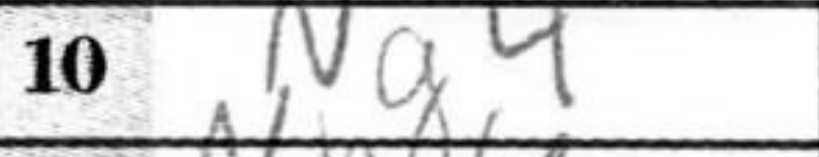
Transcription: Ng4